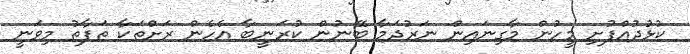
ކުޅުދުއްފުށި މީހުން މާގިނައިން ނަރުދަމާ ބޭނުން ކުރަނީބާ އެހެން ރަށްތަކާ ތަފާތު މިވަނީ